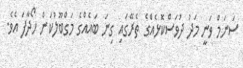
ސަނަމް ވަނީ މަދު ދުވަސްކޮޅެއްގެ ތެރޭގައި ގިނަ ބައެއްގެ މަގްބޫލުކަން ހޯދާފަ އެވެ.